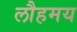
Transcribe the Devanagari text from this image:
लौहमय